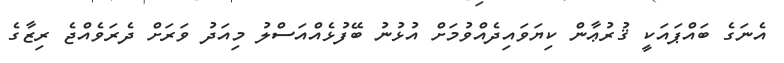
އެނަގެ ބައްޕައަކީ ޤުރުޢާން ކިޔަވައިދެއްވުމަށް އުޅުނު ބޭފުޅެއްއަސްލު މިއަދު ވަރަށް ދެރަވެއްޖެ ރިޒާގެ